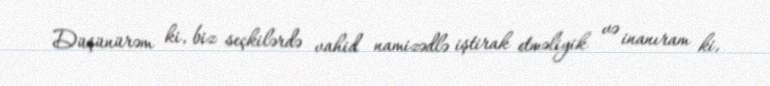
Düşünürəm ki, biz seçkilərdə vahid namizədlə iştirak etməliyik və inanıram ki,